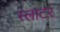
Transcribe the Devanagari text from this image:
स्लाटर